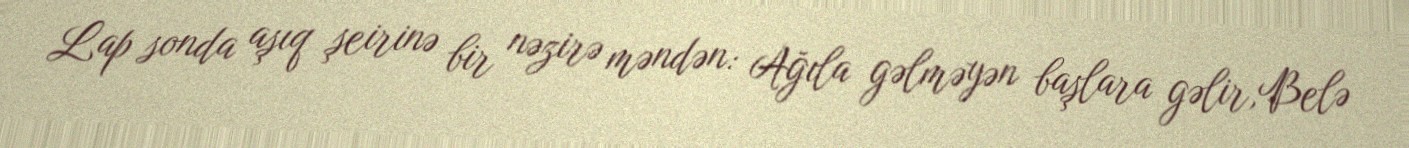
Lap sonda aşıq şeirinə bir nəzirə məndən: Ağıla gəlməyən başlara gəlir,Belə